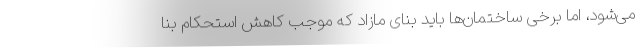
می‌شود، اما برخی ساختمان‌ها باید بنای مازاد که موجب کاهش استحکام بنا